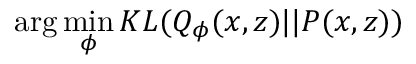
\arg \operatorname* { m i n } _ { \phi } K L ( Q _ { \phi } ( x , z ) | | P ( x , z ) )